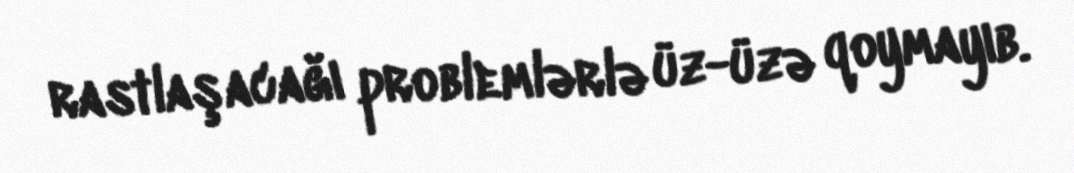
rastlaşacağı problemlərlə üz-üzə qoymayıb.